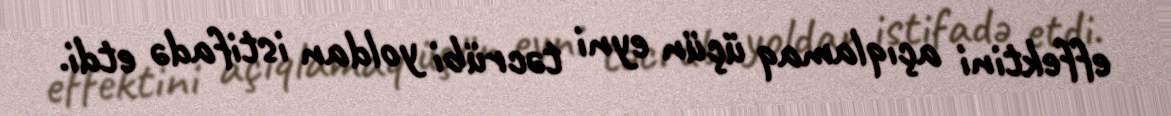
effektini açıqlamaq üçün eyni təcrübi yoldan istifadə etdi.